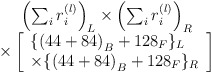
\begin{align*}\begin{array}{c}\left( \sum_ir_i^{(l)}\right) _L\times \left( \sum_ir_i^{(l)}\right) _R \\\times \left[\begin{array}{l}\{\left( 44+84\right) _B+128_F\}_L \\\times \{\left( 44+84\right) _B+128_F\}_R\end{array}\right]\end{array}\end{align*}